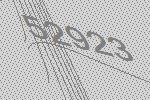
52923